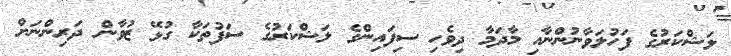
ލަޝްކަރުގެ ފަހުލަވާނުންނާއި މާދަމާ ދިވެހި ސިފައިންގެ ލަޝްކަރުގެ ސަފުތަކާ ގުޅޭ ޒުވާން ދަރިންނަށް